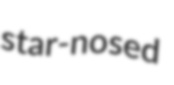
star-nosed